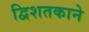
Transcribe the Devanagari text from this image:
द्विशतकाने